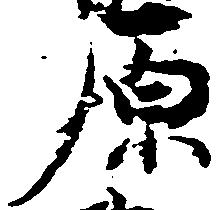
原